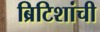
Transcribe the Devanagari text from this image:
ब्रिटिशांची